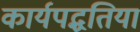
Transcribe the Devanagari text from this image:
कार्यपद्धतियां